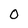
Character: 0